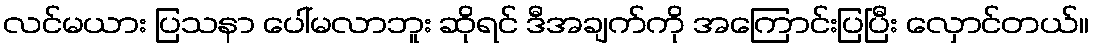
လင်မယား ပြသနာ ပေါ်မလာဘူး ဆိုရင် ဒီအချက်ကို အကြောင်းပြပြီး လှောင်တယ်။